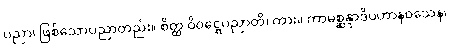
ပညာ၊ ဖြစ်သောပညာတည်း။ စိတ္ထ ဝိဝဋ္ဋေပညာတိ၊ ကား။ ကာမစ္ဆန္ဒာဒိပဟာနဝသေန၊